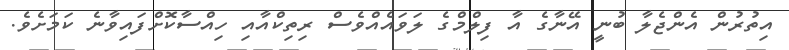
އިތުރުން އެންޖެލާ ބުނީ އޭނާގެ އާ ފިލްމްގެ ލަވައެއްވެސް ރިތިކްއާއި ހިއްސާކޮށްފައިވާނެ ކަމަށެވެ.